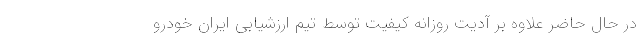
در حال حاضر علاوه بر آدیت روزانه کیفیت توسط تیم ارزشیابی ایران خودرو